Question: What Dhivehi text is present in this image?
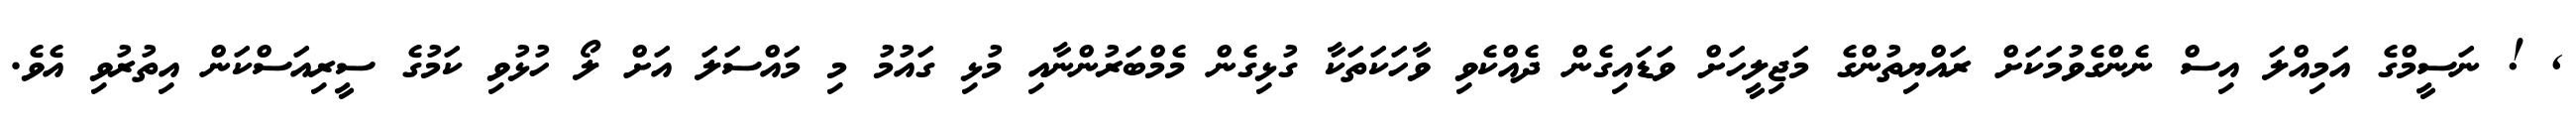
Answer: , ! ނަސީމްގެ އަމިއްލަ އިސް ނެންގެވުމަކަށް ރައްޔިތުންގެ މަޖިލީހަށް ވަޑައިގެން ދެއްކެވި ވާހަކަތަކާ ގުޅިގެން މެމްބަރުންނާއި މުޅި ގައުމު މި މައްސަލަ އަށް ލޯ ހުޅުވި ކަމުގެ ސީރިއަސްކަން އިތުރުވި އެވެ.